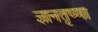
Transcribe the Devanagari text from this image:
ज्ञानतृष्णा